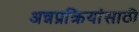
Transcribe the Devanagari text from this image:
अन्नप्रक्रियांसाठी